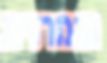
חומרנית